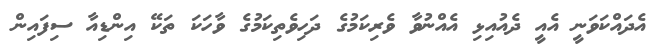
އެދައްކަވަނީ އެއީ ދެއުއިޅި އެއްނުވާ ވެރިކަމުގެ ދަހިވެތިކަމުގެ ވާހަކަ ތަކޭ އިންޑިއާ ސިފައިން